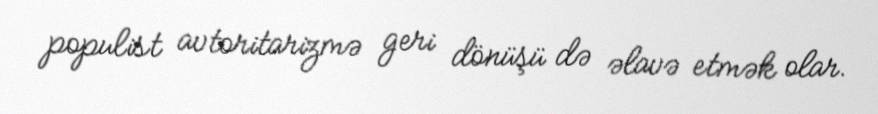
populist avtoritarizmə geri dönüşü də əlavə etmək olar.